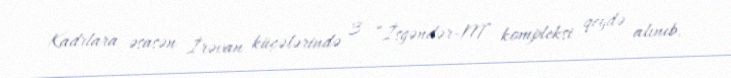
Kadrlara əsasən İrəvan küçələrində 3 “İsgəndər-M” kompleksi qeydə alınıb.